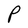
Character: P